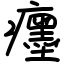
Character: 癦